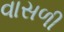
વાસળી